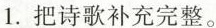
1.把诗歌补充完整。